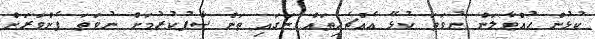
ކުޅުން ހުއްޓާލަން ނުވަތަ ކުޅޭ އެއްޗެހިތައް ނަގައި ތަން ސާފުކުރުމަށް ނުވަތަ ފެންވަރަށް